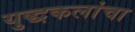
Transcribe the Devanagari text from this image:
युद्धकलांचा